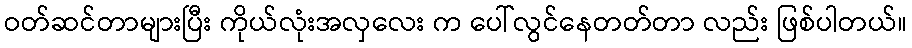
ဝတ်ဆင်တာများပြီး ကိုယ်လုံးအလှလေး က ပေါ်လွင်နေတတ်တာ လည်း ဖြစ်ပါတယ်။